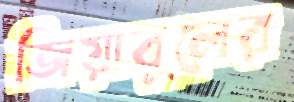
জিয়াবুলের